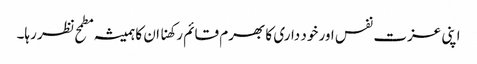
اپنی عزت نفس اور خود داری کا بھرم قائم رکھنا ان کا ہمیشہ مطمح نظر رہا۔